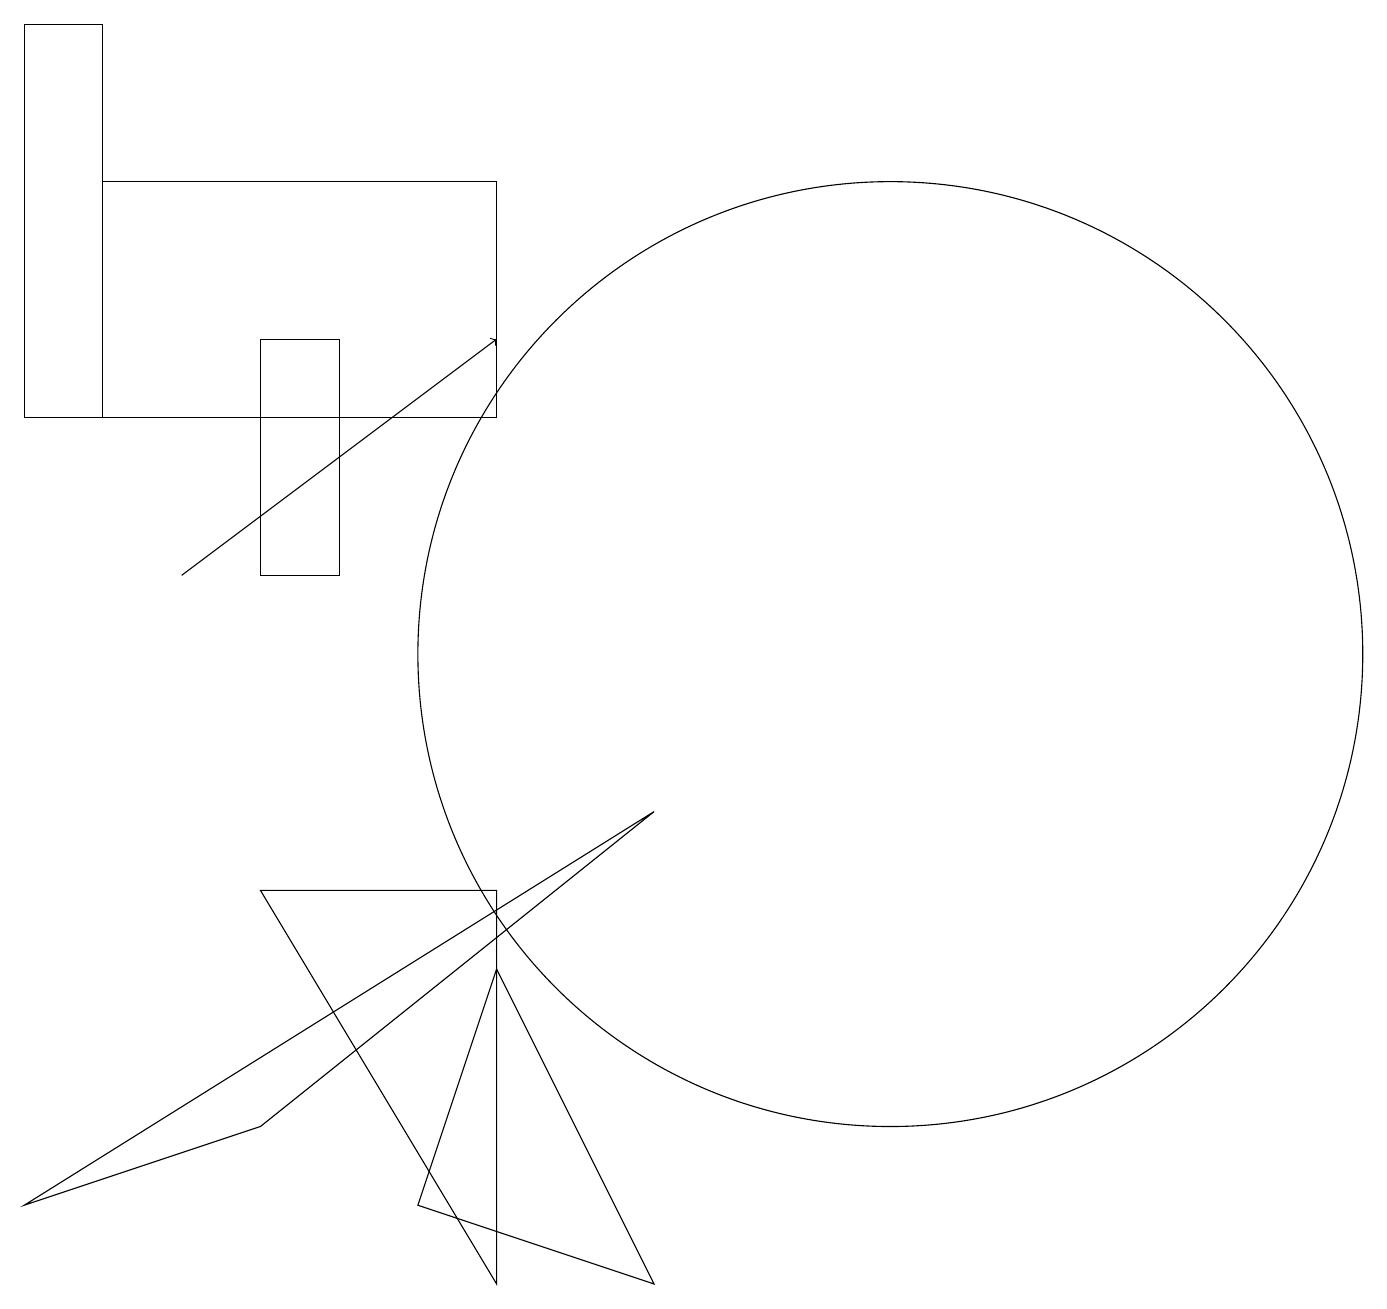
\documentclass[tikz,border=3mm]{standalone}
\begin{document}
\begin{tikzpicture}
\draw (6,3) -- (7,6) -- (9,2) -- cycle;
\draw (1,3) -- (4,4) -- (9,8) -- cycle;
\draw (4,11) rectangle (5,14);
\draw (7,16) rectangle (2,13);
\draw[->] (3,11) -- (7,14);
\draw (12,10) circle (6);
\draw (4,7) -- (7,7) -- (7,2) -- cycle;
\draw (2,18) rectangle (1,13);
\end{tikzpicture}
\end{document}